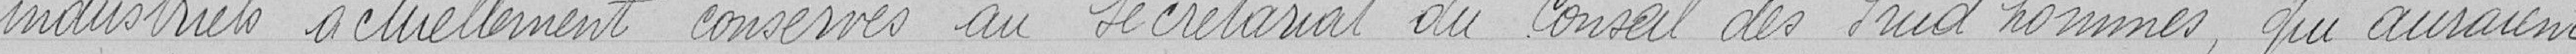
industriels actuellement au Secrétariat du Conseil des Prud'hommes, qui auraient